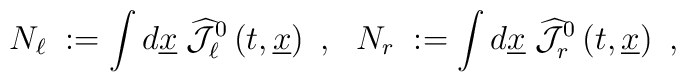
N_\ell \;:= \int d\underline{x} \;\widehat{{\mathcal J}}_\ell^0 \left(  t, \underline{x}\right)~, ~~N_r\;:= \int d\underline{x}\;\widehat{{\mathcal J}}_r^0 \left( t, \underline{x}\right)~,